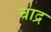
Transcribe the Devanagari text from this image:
चाद्र